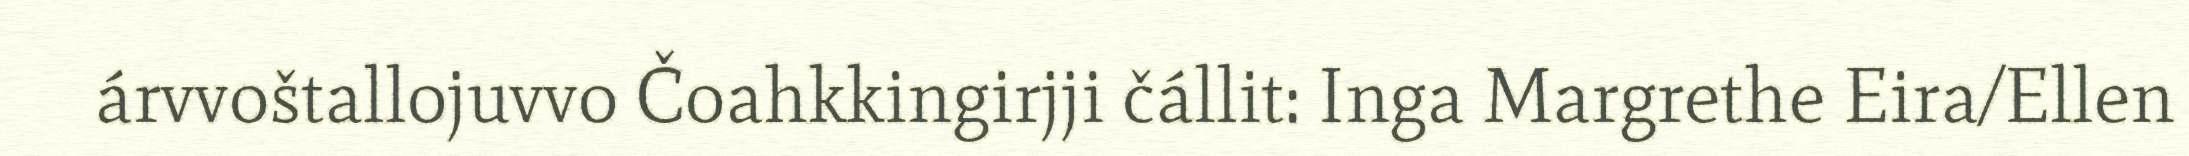
árvvoštallojuvvo Čoahkkingirjji čállit: Inga Margrethe Eira/Ellen